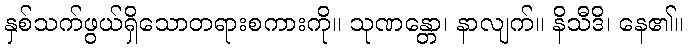
နှစ်သက်ဖွယ်ရှိသောတရားစကားကို။ သုဏန္တော၊ နာလျက်။ နိသီဒိ၊ နေ၏။